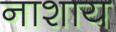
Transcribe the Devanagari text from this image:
नाशाय